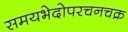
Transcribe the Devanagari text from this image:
समयभेदोपरचनचक्र